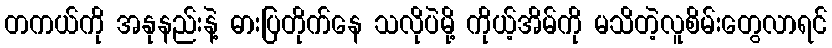
တကယ်ကို အနုနည်းနဲ့ ဓားပြတိုက်နေ သလိုပဲမို့ ကိုယ့်အိမ်ကို မသိတဲ့လူစိမ်းတွေလာရင်